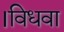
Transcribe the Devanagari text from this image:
।विधवा